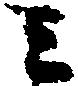
ミ